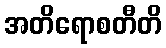
အတိရောစတီတိ